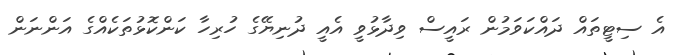
އެ ސިޓީތައް ދައްކަވަމުން ރައީސް ވިދާޅުވީ އެއީ ދުނިޔޭގެ ހުރިހާ ކަންކޮޅުތަކެއްގެ އަންނަން